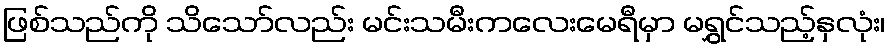
ဖြစ်သည်ကို သိသော်လည်း မင်းသမီးကလေးမေရီမှာ မရွှင်သည့်နှလုံး၊